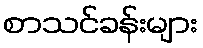
စာသင်ခန်းများ